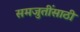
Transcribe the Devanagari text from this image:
समजुतींसाठी